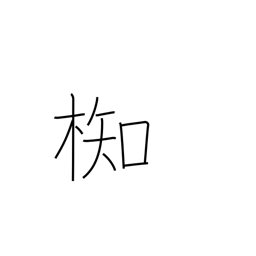
Meaning: type of evergreen tree